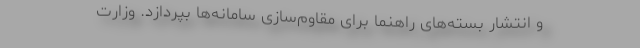
و انتشار بسته‌های راهنما برای مقاوم‌سازی سامانه‌ها بپردازد. وزارت